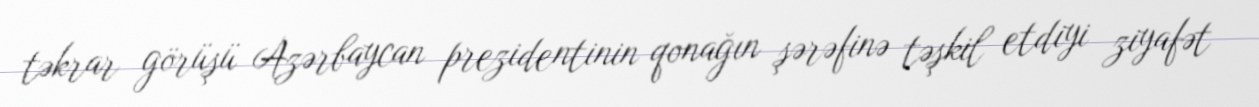
təkrar görüşü Azərbaycan prezidentinin qonağın şərəfinə təşkil etdiyi ziyafət